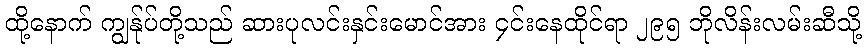
ထို့နောက် ကျွန်ုပ်တို့သည် ဆားပုလင်းနှင်းမောင်အား ၄င်းနေထိုင်ရာ ၂၉၅ ဘိုလိန်းလမ်းဆီသို့